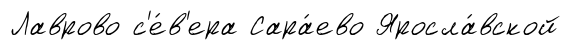
Лаврово с'е́в'ера Сара́ево Яросла́вской